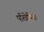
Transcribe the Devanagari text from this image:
परिवेषित।